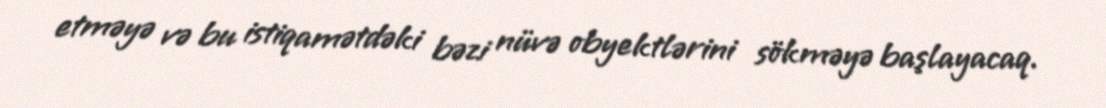
etməyə və bu istiqamətdəki bəzi nüvə obyektlərini sökməyə başlayacaq.